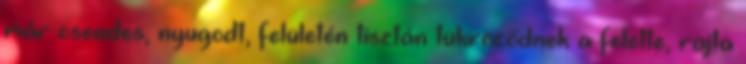
már csendes, nyugodt, felületén tisztán tükröződnek a felette, rajta